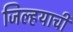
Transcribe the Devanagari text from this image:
जिल्हयाची